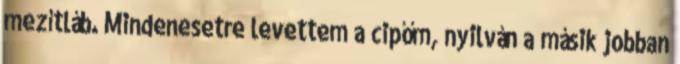
mezítláb. Mindenesetre levettem a cipőm, nyilván a másik jobban